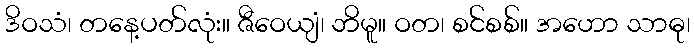
ဒိဝသံ၊ တနေ့ပတ်လုံး။ ဇီဝေယျံ၊ ဘိမူ။ ဝတ၊ စင်စစ်။ အဟော သာဓု၊